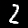
Digit: 2